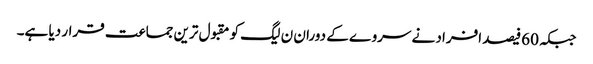
جبکہ 60فیصد افراد نے سروے کے دوران ن لیگ کو مقبول ترین جماعت قرار دیا ہے۔